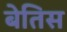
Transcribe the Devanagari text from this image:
बेतिस